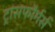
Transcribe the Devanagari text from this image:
ट्रांसफौर्मर्स